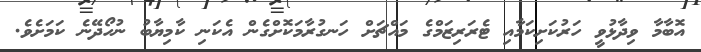
އޮބާމާ ވިދާޅުވީ ހަރުކަށިކަމާއި ޓެރަރިޒަމްގެ މައްޗަށް ހަނގުރާމަކޮށްގެން އެކަނި ކާމިޔާބު ނުހޯދޭނެ ކަމަށެވެ.